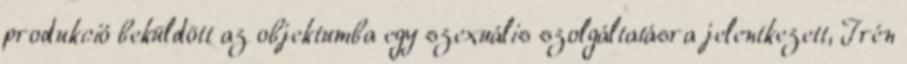
produkció beküldött az objektumba egy szexuális szolgáltatásra jelentkezett, Irén